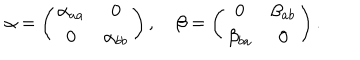
LaTeX: \alpha = \left( \begin{array} { c c } { { \alpha _ { a a } } } & { { 0 } } \\ { { 0 } } & { { \alpha _ { b b } } } \\ \end{array} \right) , \quad \beta = \left( \begin{array} { c c } { { 0 } } & { { \beta _ { a b } } } \\ { { \beta _ { b a } } } & { { 0 } } \\ \end{array} \right) .